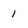
Character: 1